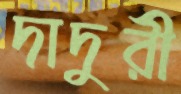
দাদুরী